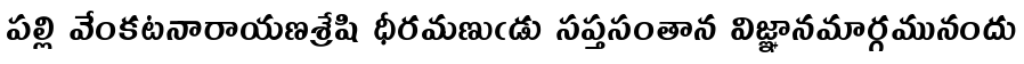
పల్లి వేంకటనారాయణశ్రేషి ధీరమణుఁడు సప్తసంతాన విజ్ఞానమార్గమునందు